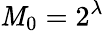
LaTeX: \mathit{M}_{0}=2^{\lambda}